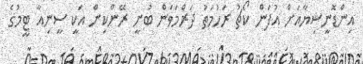
އިންޑޮނީޝިޔާއަށް އުފަން ކޯޗު ރަހުމަތު ދަރްމަވަން ބުނީ ރޭންކިން އަކީ ސީނިއާ ޓީމުގެ